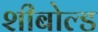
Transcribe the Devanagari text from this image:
शीबोल्ड